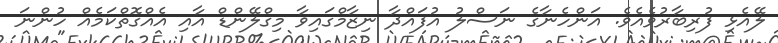
ލޭއެޅި ފުރިބާރުވެއެވެ. އަންހެނާގެ ނަސްލު އުފައްދާ ނިޒާމްގައިވާ މިގްލޭންޑް އާއި އެއްގޮތްކަމެއް ހުންނަ